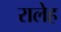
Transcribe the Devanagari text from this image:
रालेह